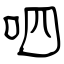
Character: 呬